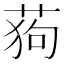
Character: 𮏛